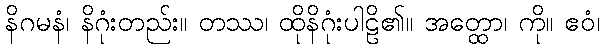
နိဂမနံ၊ နိဂုံးတည်း။ တဿ၊ ထိုနိဂုံးပါဠိ၏။ အတ္ထော၊ ကို။ ဧဝံ၊